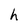
Character: h